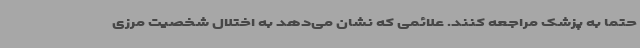
حتما به پزشک مراجعه کنند. علائمی که نشان می‌دهد به اختلال شخصیت مرزی